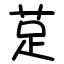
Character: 莡